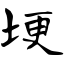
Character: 埂